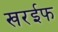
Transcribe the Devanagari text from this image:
खरईफ